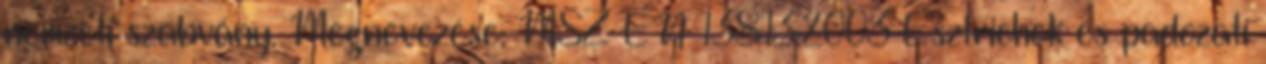
nemzeti szabvány. Megnevezése: MSZ EN 13813:2003 Esztrichek és padozati